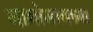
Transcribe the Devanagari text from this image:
जागोजागच्या